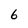
Character: 6